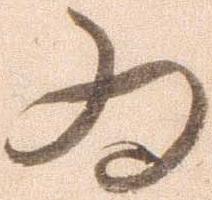
ゐ